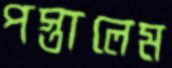
পস্তালেম